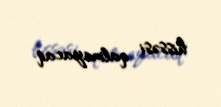
hissəsi qalmayacaq.